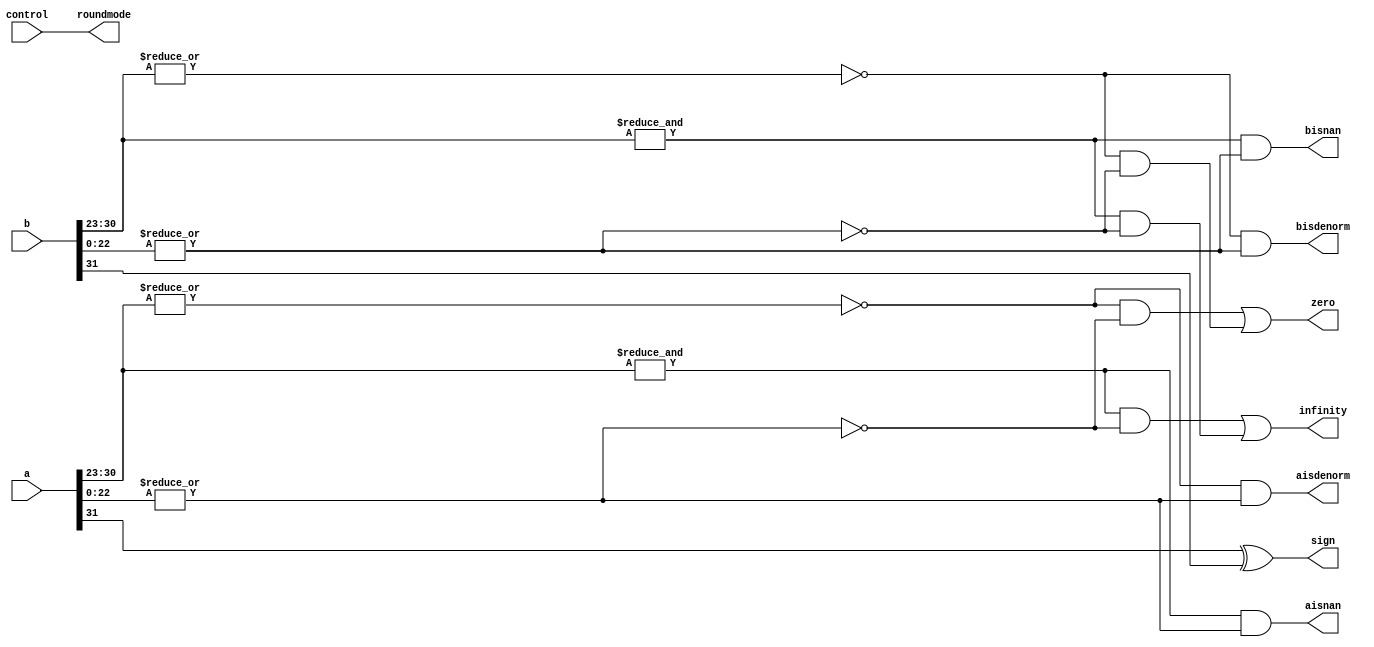
`define NWIDTH 6'b010100
`define BLOCKWIDTH 4'b0101
`define DDRWIDTH 7'b0100000
`define DDRNUMDQS 4'b0100
`define DDRSIZEWIDTH 6'b011000
`define BURSTLEN 3'b010
`define MEMCONWIDTH 8'b01000000
`define MEMCONNUMBYTES 5'b01000
`define RAMWIDTH 10'b0100000000
`define RAMNUMBYTES 7'b0100000
`define RAMSIZEWIDTH 4'b0101
`define TOPWIDTH 7'b0100000
`define rFIFOINPUTWIDTH 8'b01000000
`define wFIFOINPUTWIDTH 10'b0100000000
`define mFIFOWIDTH 6'b011100
`define aFIFOWIDTH 4'b0101
`define SIMULATION_MEMORY
`define BLOCKM 6'b010000
`define BLOCKN 6'b010000
`define BLOCKMDIVK 3'b010
`define MEMBLOCKM 5'b01000
`define MEMBLOCKN 5'b01000
`define NWIDTH 6'b010100
`define BLOCKWIDTH 4'b0101
`define DDRSIZEWIDTH 6'b011000
`define RAMSIZEWIDTH 4'b0101
`define START 1'b0 //0
`define SETUP 2'b01 //1
`define FIRST 3'b010 //2
`define MODE0_SETUP 3'b011 //3
`define MODE0_WAIT 4'b0100 //4
`define MODE0 4'b0101 //5
`define MODE1_SETUP 4'b0110 //6
`define MODE1_WAIT 4'b0111 //7
`define MODE1 5'b01000 //8
`define MODE2_SETUP 5'b01001 //9
`define MODE2_WAIT 5'b01010 //10
`define MODE2 5'b01011 //11
`define MODE3_SETUP 5'b01100 //12
`define MODE3_WAIT 5'b01101 //13
`define MODE3 5'b01110 //14
`define STALL 5'b01111 //15
`define STALL_WAIT 6'b010000 //16
`define WAIT 6'b010001 //17
`define FINAL_WRITE 6'b010010 //18
`define FINAL_WAIT 6'b010011 //19
`define IDLE 6'b010100 //20
`define LAST_SETUP 6'b010101 //21
`define LAST_SETUP_WAIT 6'b010110 //22
`define LAST 6'b010111 //23
`define LAST_WAIT 6'b011000 //24
`define MEM_IDLE 1'b0 //0
`define MEM_WRITE 2'b01 //1
`define MEM_WRITE_WAIT 3'b010 //2
`define MEM_CHECK_DONE 3'b011 //3
`define MEM_READ 4'b0100 //4
`define MEM_READ_WAIT 4'b0101 //5
`define MEM_DONE 4'b0110 //6
`define MEM_WAIT_DONE 4'b0111 //7
`define rRAMSIZEWIDTH 5
`define cSETUP 4'b0000
`define cSTART 4'b0001
`define cFETCH_COL 4'b0010
`define cWAIT_COL 4'b0011
`define cFIND_REC 4'b0100
`define cMULT_COL 4'b0101
`define cUPDATE_J 4'b0110
`define cSTORE_MO 4'b0111
`define cMULT_SUB 4'b1000
`define cINCRE_I 4'b1001
`define cWAIT 4'b1010
`define cDONE 4'b1011
`define cSTORE_DIAG 4'b1100
`define cSTORE_DIAG2 4'b1101
`define cSTART_FETCH_ROW 4'b1110
`define cROW_WAIT 2'b00
`define cFETCH_ROW 2'b01
`define cDONE_FETCH_ROW 2'b10
`define cLOAD_ROW_INC_J 2'b11
`define PRECISION 7'b0100000
`define NUMPE 5'b01000
`define PEWIDTH 3'b011
`define BLOCKWIDTH 4'b0101
`define RAMWIDTH 10'b0100000000
`define RAMNUMBYTES 7'b0100000
`define RAMSIZEWIDTH 4'b0101
`define TOPSIZEWIDTH 5'b01000
`define TOPINPUTDELAY 3'b011
`define TOPOUTPUTDELAY 2'b01
`define MEMINPUTDELAY 3'b010
`define MEMOUTPUTDELAY 2'b01
`define TOPWIDTH 7'b0100000
//`define rFIFOINPUTWIDTH 64
`define rFIFOSIZE 64
`define rFIFOSIZEWIDTH 6
`define rFIFOOUTPUTWIDTH 256
`define rFIFORSIZEWIDTH 4
	`define wFIFOINPUTWIDTH 10'b0100000000
	`define wFIFOSIZE 6'b010000
	`define wFIFOSIZEWIDTH 4'b0100
	`define wFIFOOUTPUTWIDTH 8'b01000000
	`define wFIFORSIZEWIDTH 4'b0110
`define aFIFOSIZE 6'b010000
`define aFIFOSIZEWIDTH 4'b0100
`define aFIFOWIDTH 4'b0101
`define mFIFOSIZE 16
`define mFIFOSIZEWIDTH 4
//`define mFIFOWIDTH 28
`define BURSTLEN 3'b010
`define BURSTWIDTH 3'b010
`define DATAWIDTH 10'b0100000000
`define DATANUMBYTES 7'b0100000
`define MEMCONWIDTH 8'b01000000
`define MEMCONNUMBYTES 5'b01000
`define DDRSIZEWIDTH 6'b011000
`define FIFOSIZE 6'b010000
`define FIFOSIZEWIDTH 4'b0100
`define RAMWIDTH 10'b0100000000
`define RAMNUMBYTES 7'b0100000
`define RAMSIZEWIDTH 4'b0101
`define RATIO 4'b0100
`define RAMLAT 4'b0101
`define dIDLE 0
`define dWRITE 1
`define dREAD 2
`define ZERO        8'b00000000  
`define ONE         8'b00000001  
`define TWO         8'b00000010  
`define THREE 		  8'b00000011  
`define FOUR		  8'b00000100  
`define FIVE		  8'b00000101  
`define SIX         8'b00000110  
`define SEVEN       8'b00000111  
`define EIGHT       8'b00001000  
`define NINE        8'b00001001  
`define TEN         8'b00001010  
`define ELEVEN      8'b00001011  
`define TWELVE      8'b00001100  
`define THIRTEEN    8'b00001101  
`define FOURTEEN    8'b00001110  
`define FIFTEEN     8'b00001111  
`define SIXTEEN     8'b00010000  
`define SEVENTEEN   8'b00010001  
`define EIGHTEEN	  8'b00010010  
`define NINETEEN    8'b00010011  
`define TWENTY		  8'b00010100  
`define TWENTYONE   8'b00010101  
`define TWENTYTWO   8'b00010110  
`define TWENTYTHREE 8'b00010111  
`define TWENTYFOUR  8'b00011000  
`define WEXP	8  
`define WSIG	23  
`define WFLAG	5  
`define WCONTROL 5  
`define DIVZERO 	0  
`define INVALID 	1  
`define INEXACT 	2  
`define OVERFLOW 	3  
`define UNDERFLOW	4  
`define WIDTH 		32 	//(`WEXP + `WSIG + 1)  
`define PRODWIDTH	48 	//(2 * (`WSIG + 1))  
`define SHIFTWIDTH	96 	//(2 * `PRODWIDTH))  
`define WPRENORM	24	// `WSIG + 1  
`define WEXPSUM		10	// `WEXP + 2  
`define BIAS		127	// (2^(`WEXP)) - 1  
`define WSIGMINUS1	22	// `WSIG - 1, used for rounding  
`define WSHIFTAMT	5	// log2(`WSIG + 1) rounded up  
`define UNDERBIAS	192	// 3 * 2 ^ (`WEXP -2)  
`define OVERBIAS	-192	// -`UNDERBIAS  
`define	EXTRASIG	25		// `WSIG+2 this is the amount of precision needed so no  
`define	SHIFT		5		// # bits the max alignment shift will fit in (log2(`WSIG+2)  
`define	MAX_EXP		8'b11111110	// the maximum non-infinite exponent,  
`define	INF_EXP		8'b11111111	// Infinity exponent, `WEXP bits, all 1  
`define	MAX_SIG		23'b11111111111111111111111  
`define	WEXP_0		8'b0		// Exponent equals `WEXP'b0  
`define	WEXP_1		8'b1		// Exponent equals one `WEXP'b1  
`define	WSIG_0		23'b0		// Significand equals zero `WSIG'b0  
`define	WSIG_1		23'b1		// Significand equals one `WSIG'b1  
`define	EXTRASIG_0	25'b0		// All result bits for adder zero `EXTRASIG'b0  
`define	MAXSHIFT	24		// `WSIG + 1  
`define CONSTNAN	{9'b111111111,22'b0}  
`define CONSTZERO	31'b0  
`define CONSTINFINITY	{8'b11111111, 23'b0}  
`define CONSTLARGEST	{`MAX_EXP, `MAX_SIG}  
`define PRESHIFTZEROS  48'b0 // `PRODWIDTH'b0  

module preprocess(a, b, zero, aisnan, bisnan, aisdenorm, bisdenorm, infinity, control, roundmode, sign); 
 
  // external signals 
  input	[`WIDTH-1:0] 	a, b;		// floating-point inputs 
  output 		zero;		// is there a zero? 
  //input	[`WCONTROL-1:0]	control;	// control field  
  input [1:0] control; //the rest is unused, not necessary for ODIN. 
  output [1:0]		roundmode;	// 00 = RN; 01 = RZ; 10 = RP; 11 = RM  
  output		aisnan;		// NaN detected in A 
  output		bisnan;		// NaN detected in B 
  output		aisdenorm;	// denormalized number detected in A 
  output		bisdenorm;	// denormalized number detected in B 
  output		infinity;	// infinity detected in A 
  output		sign;		// sign of product 
 
  // internal signals 
  wire			signa, signb;	// sign of a and b 
  wire [`WEXP-1:0]	expa, expb;	// the exponents of a and b 
  wire [`WSIG-1:0]	siga, sigb;	// the significands of a and b 
  wire			aexpfull;	// the exponent of a is all 1's 
  wire			bexpfull;	// the exponent of b is all 1's 
  wire			aexpzero;	// the exponent of a is all 0's 
  wire			bexpzero;	// the exponent of b is all 0's 
  wire			asigzero;	// the significand of a is all 0's 
  wire			bsigzero;	// the significand of b is all 0's 
 
  // Sign calculation 
  assign signa 		= a[`WIDTH-1]; 
  assign signb 		= b[`WIDTH-1]; 
  assign sign = signa ^ signb; 
 
  // Significand calcuations 
 
  assign siga		= a[`WSIG-1:0]; 
  assign sigb		= b[`WSIG-1:0]; 
  // Are the significands all 0's? 
  assign asigzero	= ~|siga; 
  assign bsigzero	= ~|sigb; 
 
  // Exponent calculations 
 
  assign expa		= a[`WIDTH-2:`WIDTH-`WEXP-1]; 
  assign expb		= b[`WIDTH-2:`WIDTH-`WEXP-1]; 
  // Are the exponents all 0's? 
  assign aexpzero	= ~|expa; 
  assign bexpzero	= ~|expb; 
  // Are the exponents all 1's? 
  assign aexpfull	= &expa; 
  assign bexpfull	= &expb; 
 
  // General calculations 
 
  // Zero Detect 
  assign zero 		= (aexpzero & asigzero) | (bexpzero & bsigzero); 
 
  // NaN detect 
  assign aisnan		= aexpfull & ~asigzero; 
  assign bisnan		= bexpfull & ~bsigzero; 
 
  // Infinity detect 
  assign infinity	= (aexpfull & asigzero) | (bexpfull & bsigzero); 
 
  // Denorm detect 
  assign aisdenorm	= aexpzero & ~asigzero; 
  assign bisdenorm	= bexpzero & ~bsigzero; 
 
  // Round mode extraction 
  assign roundmode	= control[1:0]; 
 
endmodule